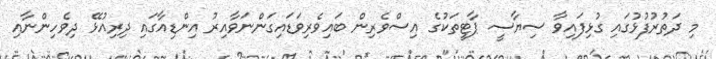
މި ދަތުރުފުޅުގައި ގުޅިފައިވާ ސިޔާސީ ޕާޓީތަކުގެ އިސްވެރިން ބައިވެރިވަޑައިގަންނަވާއިރު އިންޑިއާގައި ދިރިއުޅޭ ދިވެހިންނާއި